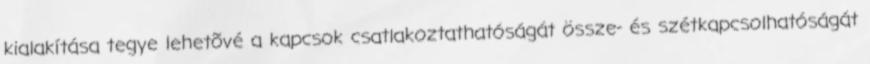
kialakítása tegye lehetõvé a kapcsok csatlakoztathatóságát össze- és szétkapcsolhatóságát